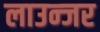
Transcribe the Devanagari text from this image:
लाउन्जर